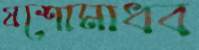
যশোমাধব